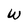
Character: W